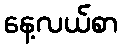
နေ့လယ်စာ